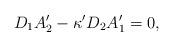
LaTeX: \begin{align*}D_{1}A^{\prime }_{2}-\kappa ^{\prime }D_{2}A^{\prime }_{1}=0,\end{align*}